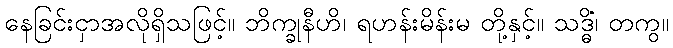
နေခြင်းငှာအလိုရှိသဖြင့်။ ဘိက္ခုနီဟိ၊ ရဟန်းမိန်းမ တို့နှင့်။ သဒ္ဓိံ၊ တကွ။